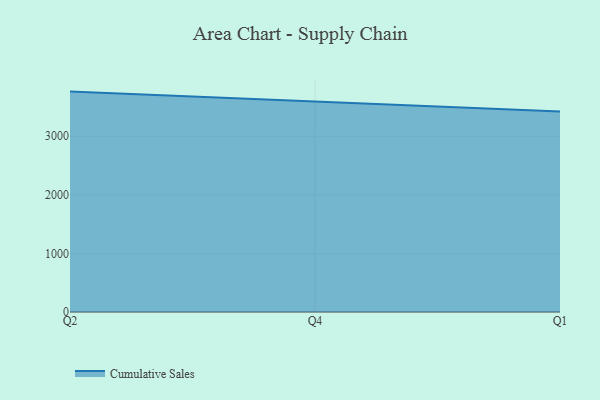
{"axis": {"x": "Quarter", "y": "Backlog"}, "legend": ["Cumulative Sales"], "data": [{"x": "Q2", "y": 3761.0, "type": "Cumulative Sales"}, {"x": "Q4", "y": 3593.5, "type": "Cumulative Sales"}, {"x": "Q1", "y": 3421.0, "type": "Cumulative Sales"}]}